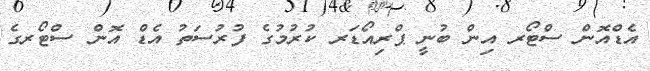
އެޑްއޮން ސްޓޯރ އިން ބުނީ ޕްރިއޯޑަރ ކުރުމުގެ ފުރުސަތު އެޑް އޮން ސްޓޯރގެ